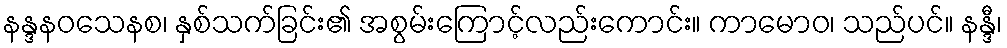
နန္ဒနဝသေနစ၊ နှစ်သက်ခြင်း၏ အစွမ်းကြောင့်လည်းကောင်း။ ကာမောဝ၊ သည်ပင်။ နန္ဒီ၊